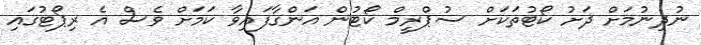
ނުދިނުމަށް ދަށު ކޯޓުތަކަށް ސުޕްރީމް ކޯޓުން އަންގާފައިވާ ކަމަށް ވެސް އެ ރިޕޯޓުގައި